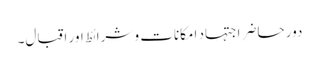
دور حاضر اجتہاد امکانات و شرائط اور اقبال۔